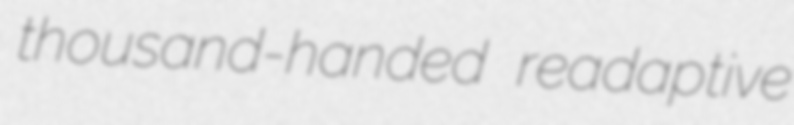
thousand-handed readaptive